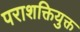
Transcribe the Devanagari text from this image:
पराशक्तियुक्त